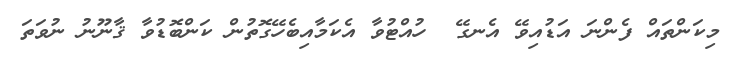
މިިކަންތައް ފެންނަ އަޑުއިވޭ އެނގޭ  ހުއްޓުވާ އެކަމާއިބެހޭގޮތުން ކަންބޮޑުވާ ޤާނޫނު ނުވަތަ